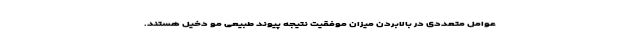
عوامل متعددی در بالابردن میزان موفقیت نتیجه پیوند طبیعی مو دخیل هستند.